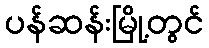
ပန်ဆန်းမြို့တွင်